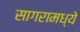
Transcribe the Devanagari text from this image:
सागरामध्ये